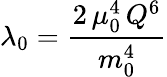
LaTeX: \lambda_{0}=\frac{2\, \mu_{0}^{4}\, Q^{6}}{m_{0}^{4}}